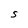
Character: S